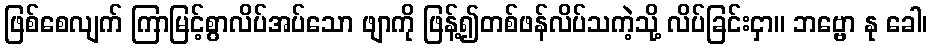
ဖြစ်စေလျက် ကြာမြင့်စွာလိပ်အပ်သော ဖျာကို ဖြန့်၍တစ်ဖန်လိပ်သကဲ့သို့ လိပ်ခြင်းငှာ။ ဘဗ္ဗော နု ခေါ၊